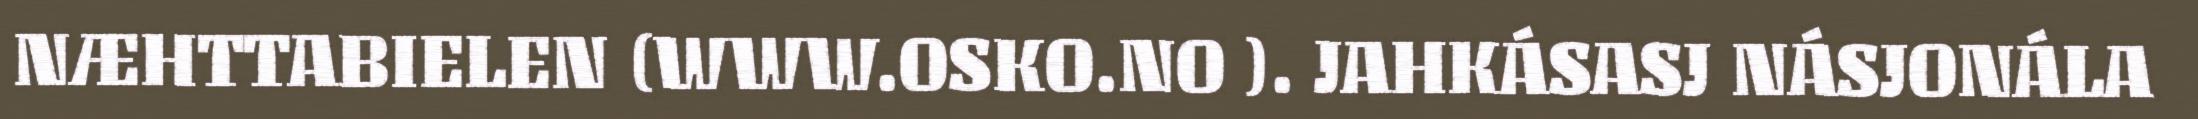
NÆHTTABIELEN (WWW.OSKO.NO ). JAHKÁSASJ NÁSJONÁLA